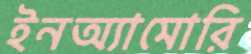
ইনঅ্যামোরি